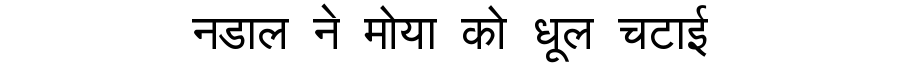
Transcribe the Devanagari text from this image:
नडाल ने मोया को धूल चटाई